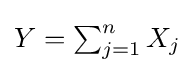
{\textstyle Y=\sum _{j=1}^{n}X_{j}}